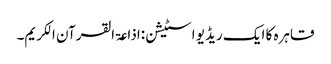
قاہرہ کا ایک ریڈیو اسٹیشن:اذاعۃ القرآن الکریم۔